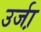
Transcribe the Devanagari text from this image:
उर्जा़